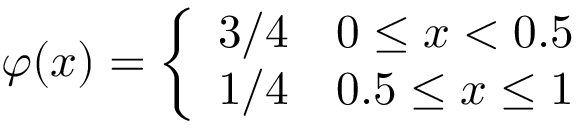
\varphi ( x ) = { \left\{ \begin{array} { l l } { 3 / 4 } & { 0 \leq x < 0 . 5 } \\ { 1 / 4 } & { 0 . 5 \leq x \leq 1 } \end{array} \right. }